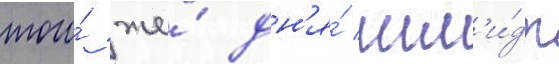
того́ же́ дн'я́ шм'и́дт